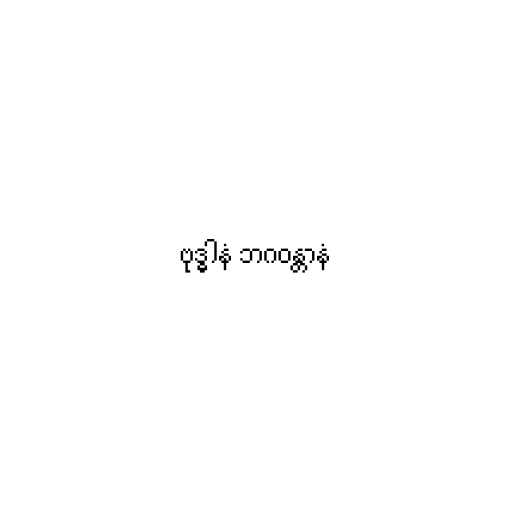
ဗုဒ္ဓါနံ ဘဂဝန္တာနံ